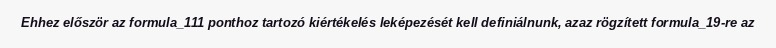
Ehhez először az formula_111 ponthoz tartozó kiértékelés leképezését kell definiálnunk, azaz rögzített formula_19-re az